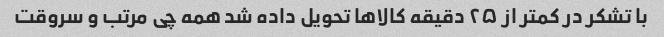
با تشکر در کمتر از ۲۵ دقیقه کالاها تحویل داده شد همه چی مرتب و سروقت